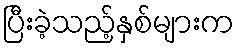
ပြီးခဲ့သည့်နှစ်များက